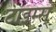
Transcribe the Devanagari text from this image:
टाइम्स्